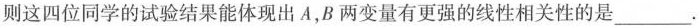
则这四位同学的试验结果能体现出A，B两变量有更强的线性相关性的是___.